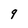
Character: q